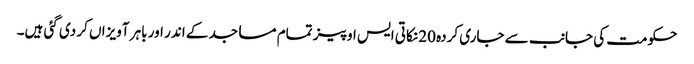
حکومت کی جانب سے جاری کردہ 20 نکاتی ایس او پیز تمام مساجد کے اندر اور باہر آویزاں کر دی گئی ہیں۔